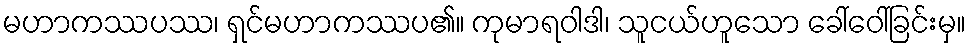
မဟာကဿပဿ၊ ရှင်မဟာကဿပ၏။ ကုမာရဝါဒါ၊ သူငယ်ဟူသော ခေါ်ဝေါ်ခြင်းမှ။